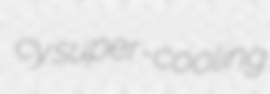
cy super-cooling